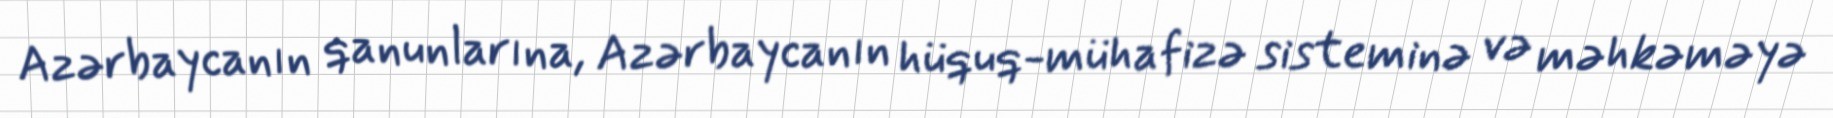
Azərbaycanın qanunlarına, Azərbaycanın hüquq-mühafizə sisteminə və məhkəməyə